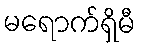
မရောက်ရှိမီ